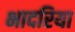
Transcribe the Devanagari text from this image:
भादरिया